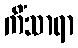
ကိံသာရာ